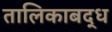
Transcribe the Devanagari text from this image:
तालिकाबद्ध